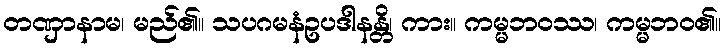
တဏှာနာမ၊ မည်၏။ သပဂမနံဥပဒါနန္တိ၊ ကား။ ကမ္မဘဝဿ၊ ကမ္မဘဝ၏။